Report on vaccination in Madras 1904-1921 - 1904-1921
Year: 1904
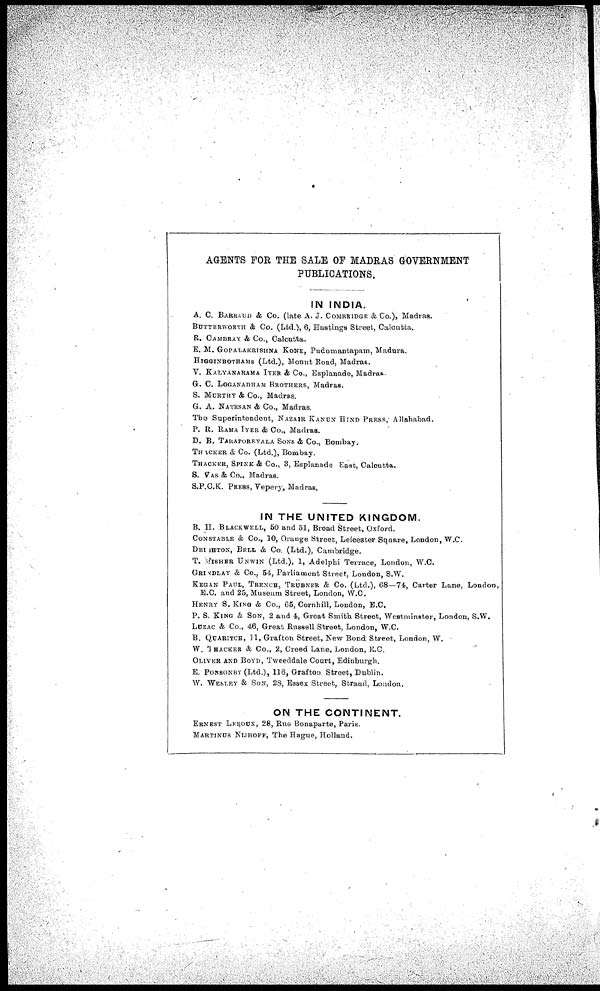
AGENTS FOR THE SALE OF MADRAS GOVERNMENT
PUBLICATIONS.
IN INDIA.
A. C. BARRAUD & Co. (late A. J. COMBRIDGE & Co.), Madras.
BUTTERWORTH & Co. (Ltd.), 6, Hastings Street, Calcutta.
R. CAMBRAY & Co., Calcutta.
E. M. GOPALAKRISHNA KONE, Pudumantapam, Madura.
HIGGINBOTHAMS (Ltd.), Mount Road, Madras.
V. KALYANARAMA IYER & Co., Esplanade, Madras.
G. C. LOGANADHAM BROTHERS, Madras.
S. MURTHY & Co., Madras.
G. A. NATESAN & Co., Madras.
The Superintendent, NAZAIR KANUN HIND PRESS, Allahabad.
P. R. RAMA IYER & Co., Madras.
D. B. TARAPOREVALA SONS & Co., Bombay.
THACKER & Co. (Ltd.), Bombay.
THACKER, SPINK & Co., 3, Esplanade East, Calcutta.
S. VAS & Co., Madras.
S.P.C.K. PRESS, Vepery, Madras.
IN THE UNITED KINGDOM.
B. H. BLACKWELL, 60 and 51, Broad Street, Oxford.
CONSTABLE & Co., 10, Orange Street, Leicester Square, London, W.C.
DEIGHTON, BELL & Co. (Ltd.), Cambridge.
T. FISHER UNWIN (Ltd.), 1, Adelphi Terrace, London, W.C.
GRINDLAY & Co., 54, Parliament Street, London, S.W.
KEGAN PAUL, TRENCH, TRÜBNER & Co. (Ltd.), 68—74, Carter Lane, London,
E.C. and 25, Museum Street, London, W.C.
HENRY S. KING & Co., 65, Cornhill, London, E.C.
P. S. KING & SON, 2 and 4, Great Smith Street, Westminster, London, S.W.
LUZAC & Co., 46, Great Russell Street, London, W.C.
B. QUARITCH, 11, Grafton Street, New Bond Street, London, W.
W. THACKER & Co., 2, Creed Lane, London, E.C.
OLIVER AND BOYD, Tweeddale Court, Edinburgh.
E. PONSONBY (Ltd.), 116, Grafton Street, Dublin.
W. WESLEY & SON, 28, Essex Street, Strand, London.
ON THE CONTINENT.
ERNEST LEROUX, 28, Rue Bonaparte, Paris.
MARTINUS NIJHOFF, The Hague, Holland.